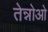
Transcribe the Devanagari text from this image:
तेन्नोओ